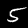
Digit: 5